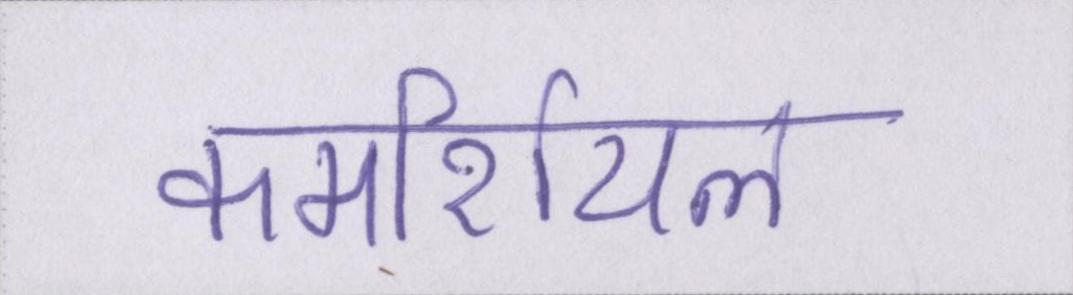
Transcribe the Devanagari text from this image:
कमर्शियल